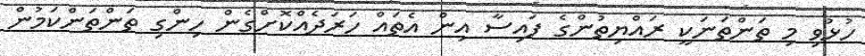
ހުޅުވި މި ތަންތަނަކީ ރައްޔިތުންގެ ފައިސާ އިން އެތައް ހަރަދެއްކޮށްގެން ހިންގި ތަންތަންކަމުން